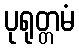
ပုရုတ္တမံ